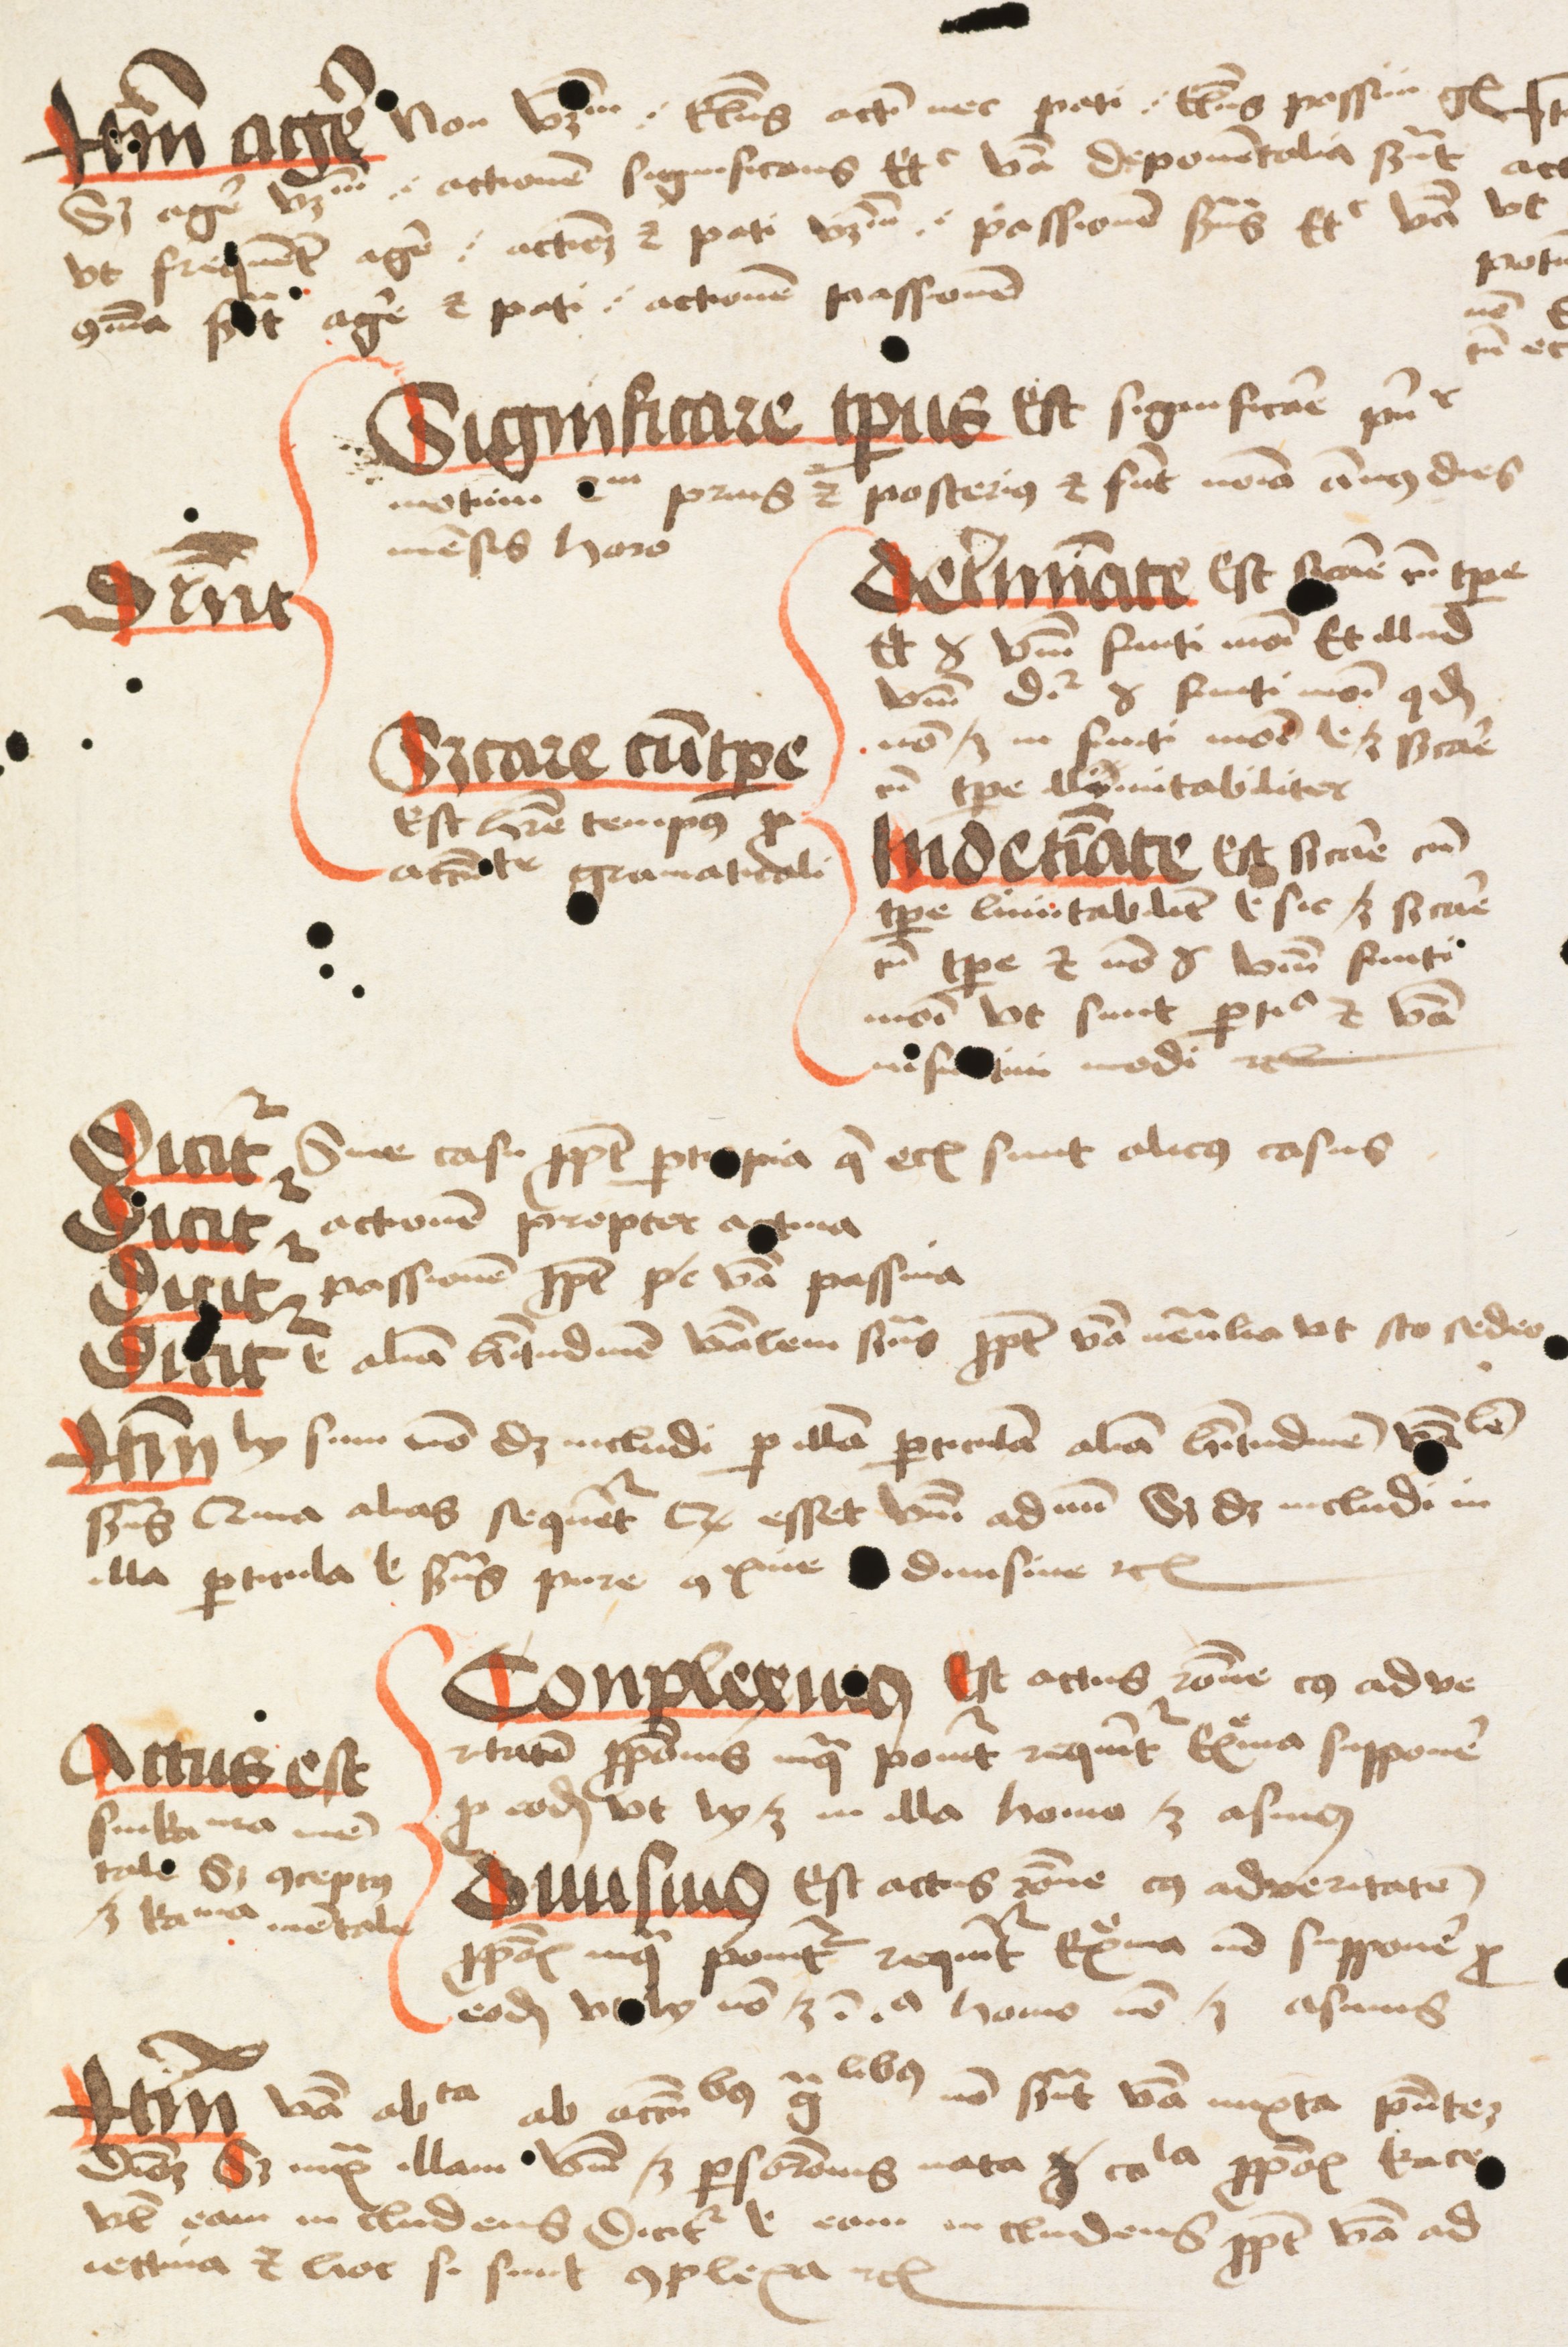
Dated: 1475–1499